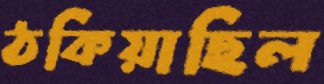
ঠকিয়াছিল